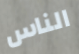
الناس